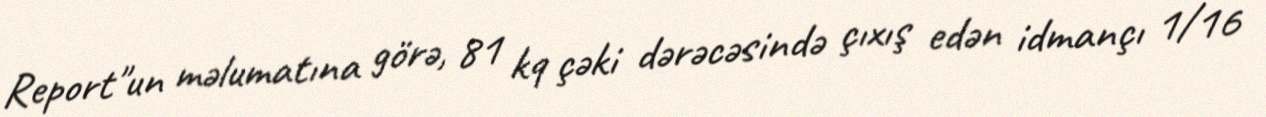
Report"un məlumatına görə, 81 kq çəki dərəcəsində çıxış edən idmançı 1/16